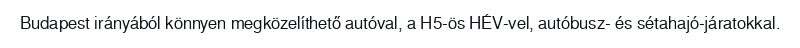
Budapest irányából könnyen megközelíthető autóval, a H5-ös HÉV-vel, autóbusz- és sétahajó-járatokkal.